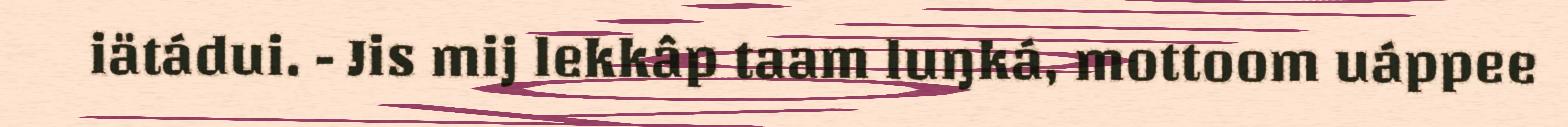
iätádui. - Jis mij lekkâp taam luŋká, mottoom uáppee